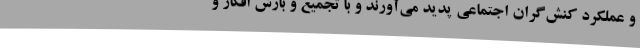
و عملکرد کنش‌گران اجتماعی پدید می‌آورند و با تجمیع و بارش افکار و